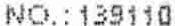
NO. :139110